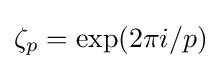
\zeta _{p}=\exp(2\pi i/p)